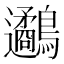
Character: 𪈄